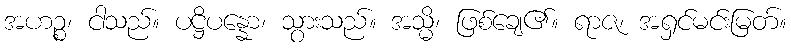
အဟဉ္စ၊ ငါသည်။ ပဋ္ဌိပန္နော၊ သွားသည်။ အသ္မိ၊ ဖြစ်ချေ၏။ ရာဇ၊ အရှင်မင်းမြတ်။